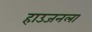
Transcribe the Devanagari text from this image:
हाउजनला